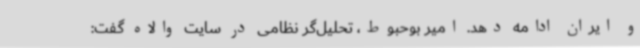
و ایران ادامه دهد. امیر بوحبوط، تحلیل‌گر نظامی در سایت والاه گفت: